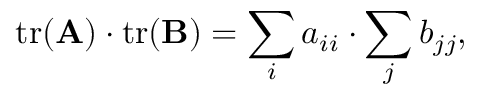
\operatorname { t r } ( \mathbf { A } ) \cdot \operatorname { t r } ( \mathbf { B } ) = \sum _ { i } a _ { i i } \cdot \sum _ { j } b _ { j j } ,